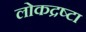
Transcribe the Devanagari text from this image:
लोकद्रष्टा